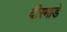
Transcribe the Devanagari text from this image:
वीरमाडे